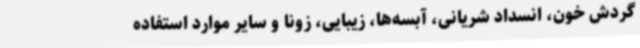
گردش خون، انسداد شریانی، آبسه‌ها، زیبایی، زونا و سایر موارد استفاده